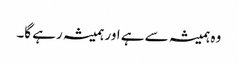
وہ ہمیشہ سے ہے اور ہمیشہ رہے گا۔